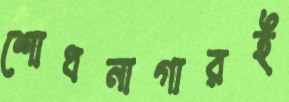
শোধনাগারই